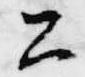
公